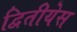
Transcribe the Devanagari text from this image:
द्वितीयेस